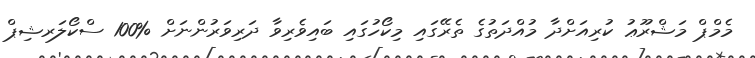
މެމްޕް މަޝްރޫޢު ކުރިއަށްދާ މުއްދަތުގެ ތެރޭގައި މިކޯހުގައި ބައިވެރިވާ ދަރިވަރުންނަށް %100 ސްކޯލަރޝިޕް